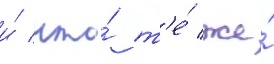
и́ что́ т'е́ же́